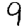
Digit: 9